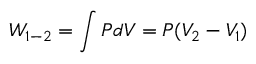
W _ { 1 - 2 } = \int P d V = P ( V _ { 2 } - V _ { 1 } )